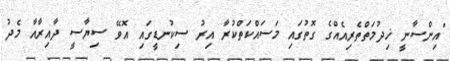
"އިންސާނީ ޚިދުމަތްތެރިއެއްގެ ގޮތުގައި މަސައްކަތްކުރާ އިރު ސިކުނޑީގައި އޮވޭ ސިޔާސީ ދާއިރާއާ މެދު